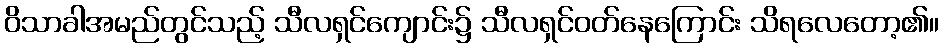
ဝိသာခါအမည်တွင်သည့် သီလရှင်ကျောင်း၌ သီလရှင်ဝတ်နေကြောင်း သိရလေတော့၏။